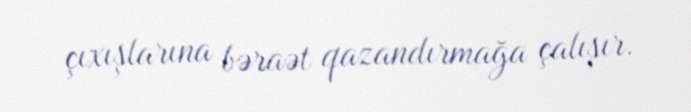
çıxışlarına bəraət qazandırmağa çalışır.